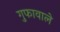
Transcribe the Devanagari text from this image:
गुफावाले